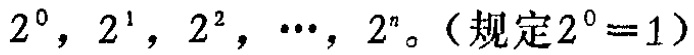
$2^{0},2^{1},2^{2},\cdots ,2^{n}。（规定2^{0}=1）$